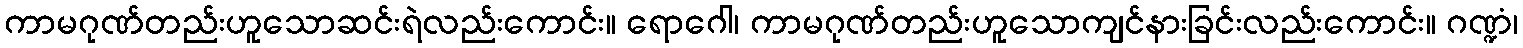
ကာမဂုဏ်တည်းဟူသောဆင်းရဲလည်းကောင်း။ ရောဂေါ၊ ကာမဂုဏ်တည်းဟူသောကျင်နားခြင်းလည်းကောင်း။ ဂဏ္ဍံ၊